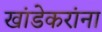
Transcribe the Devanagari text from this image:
खांडेकरांना